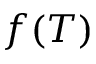
f ( T )